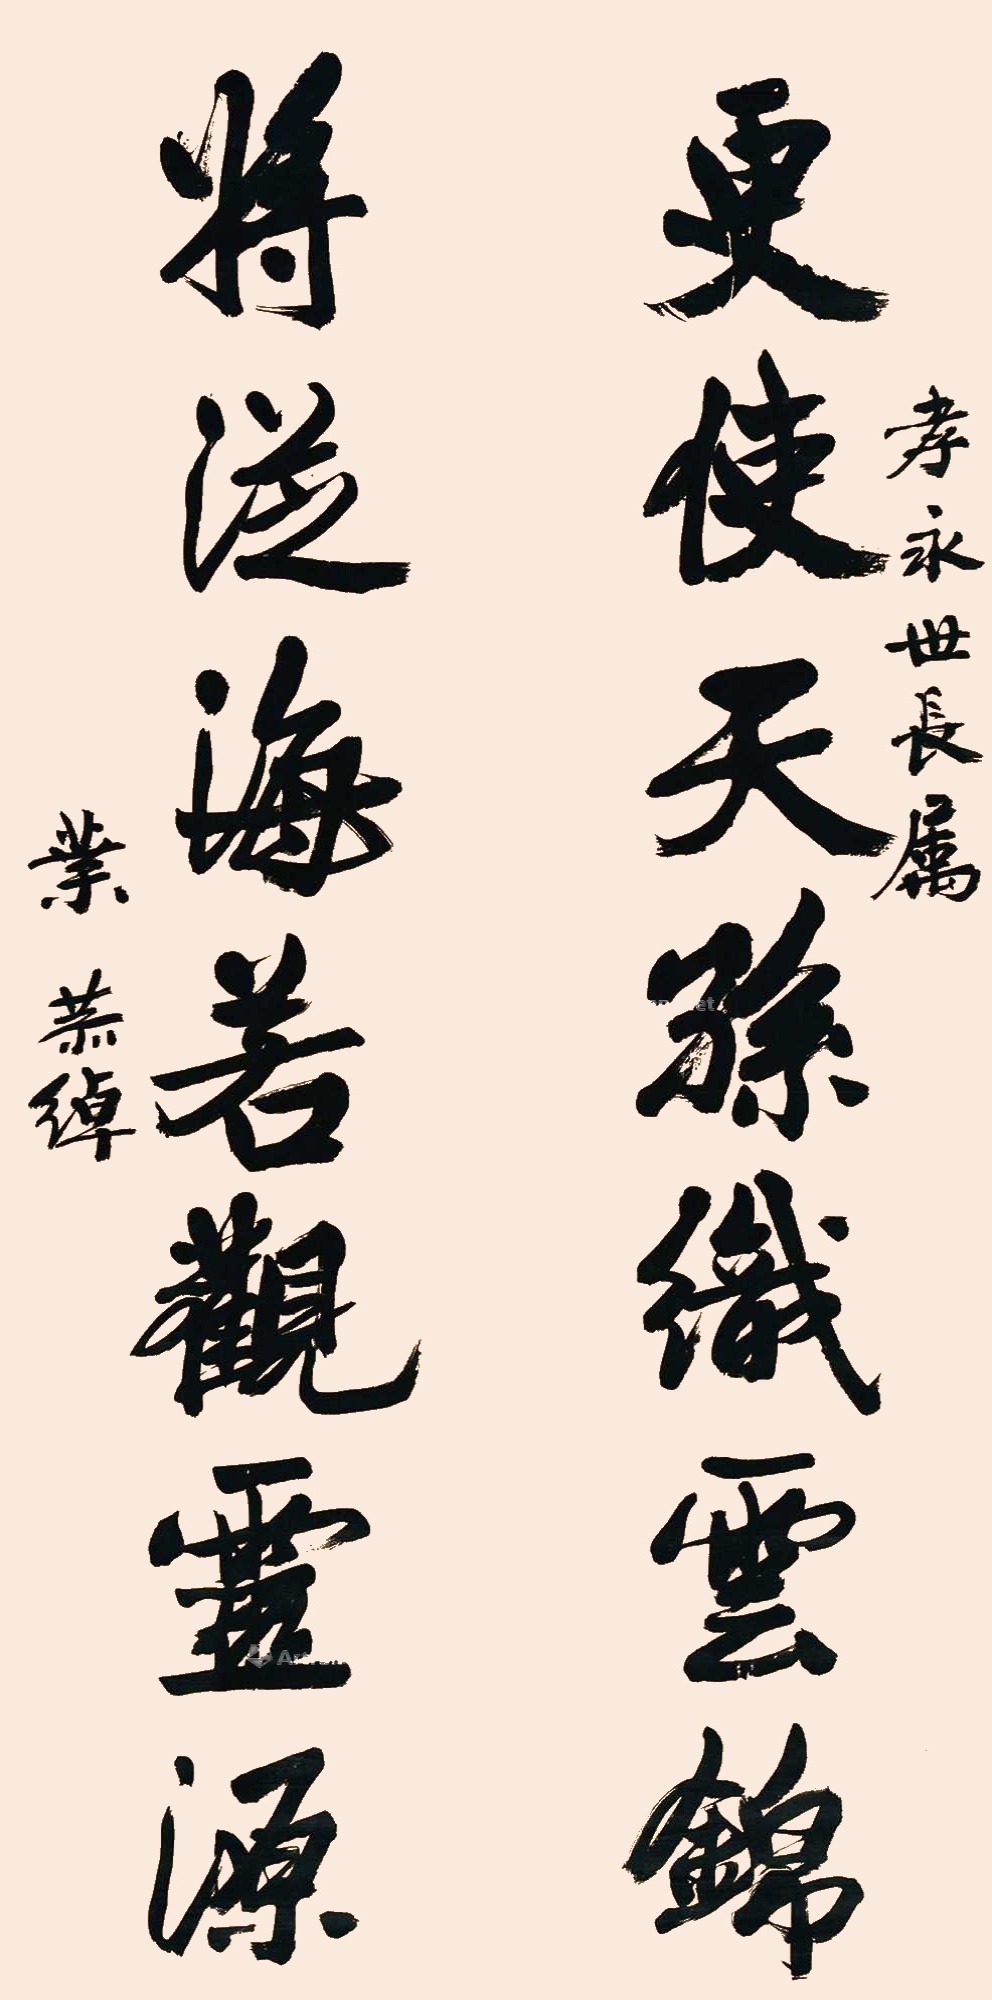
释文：更使天孙织云锦，将从海若观灵源。孝永世长属，叶恭绰。